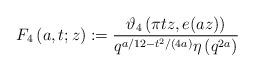
LaTeX: \begin{align*}F_4\left(a,t;z\right):=\frac{\vartheta_4\left(\pi t z,e(az)\right)}{q^{a/12-t^2/(4a)}\eta\left(q^{2a}\right)}\end{align*}